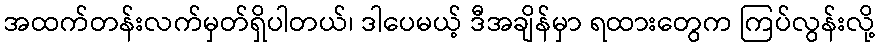
အထက်တန်းလက်မှတ်ရှိပါတယ်၊ ဒါပေမယ့် ဒီအချိန်မှာ ရထားတွေက ကြပ်လွန်းလို့